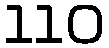
110